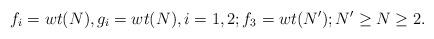
LaTeX: \begin{align*}f_i=wt(N), g_i=wt (N),i=1,2; f_3=wt(N'); N'\geq N\geq2. \end{align*}